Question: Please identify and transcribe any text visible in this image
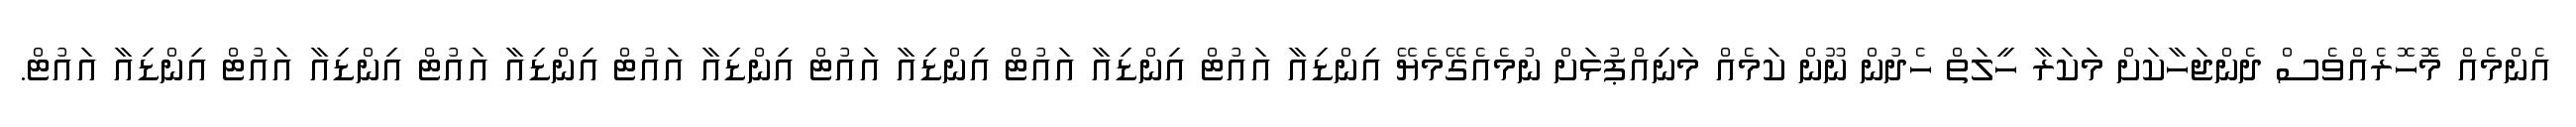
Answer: އެންމެއް މޮހޮރެއްވެސް ދެންޖަހާކަށް މަކަރާ ހީލަތް ހެދުން ނޫން ކަމެއް މަނިއްޕުޅަށް ނުމެއެގޭމެޔޭ އިންޑިއާ އައުޓް އިންޑިއާ އައުޓް އިންޑިއާ އައުޓް އިންޑިއާ އައުޓް އިންޑިއާ އައުޓް އިންޑިއާ އައުޓް އިންޑިއާ އައުޓް.